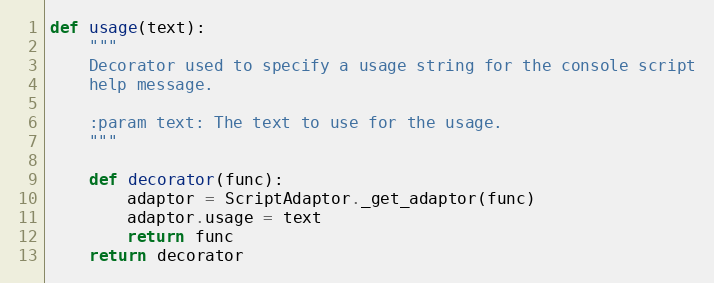
Language: Python
def usage(text):
    """
    Decorator used to specify a usage string for the console script
    help message.

    :param text: The text to use for the usage.
    """

    def decorator(func):
        adaptor = ScriptAdaptor._get_adaptor(func)
        adaptor.usage = text
        return func
    return decorator